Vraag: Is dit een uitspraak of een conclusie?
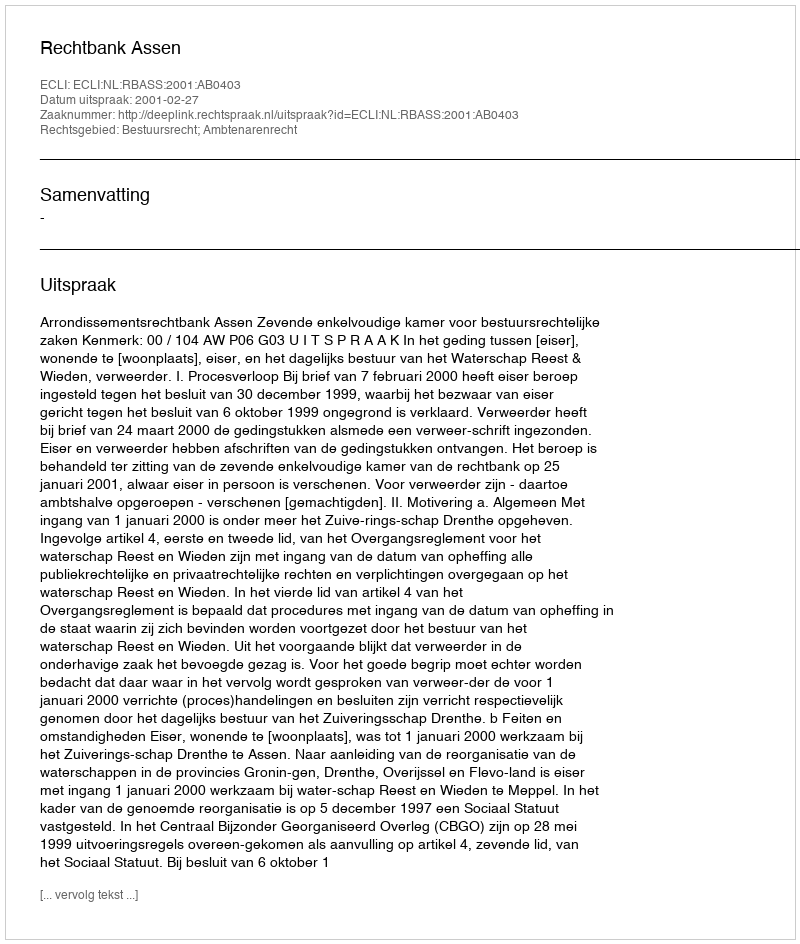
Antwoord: Uitspraak